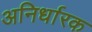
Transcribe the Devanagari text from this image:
अनिर्धारक